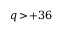
q \! > \! + 3 6